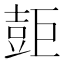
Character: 壾